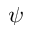
\psi